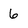
Character: 6